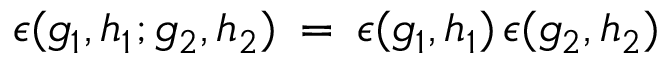
\epsilon ( g _ { 1 } , h _ { 1 } ; g _ { 2 } , h _ { 2 } ) \: = \: \epsilon ( g _ { 1 } , h _ { 1 } ) \, \epsilon ( g _ { 2 } , h _ { 2 } )